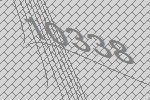
10338